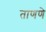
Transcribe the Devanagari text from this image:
ताणणे